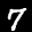
Label: 7